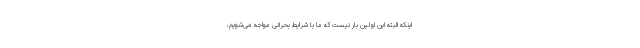
اینکه البته این اولین بار نیست که ما با شرایط بحرانی مواجه می‌شویم،